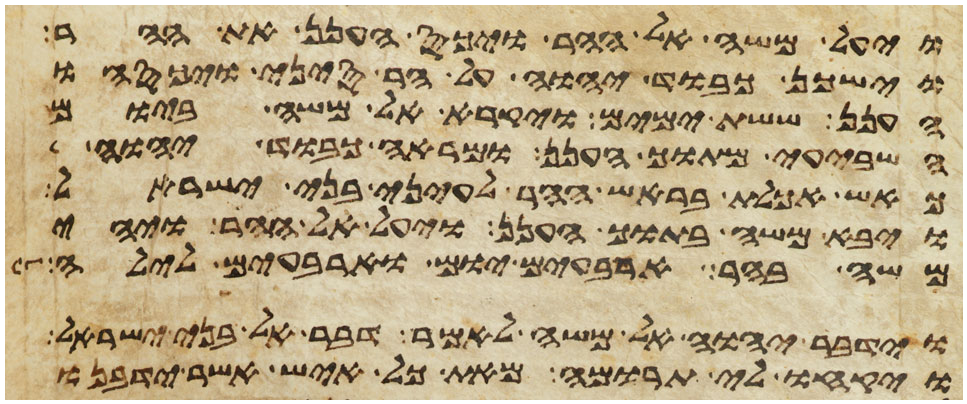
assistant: ויעל משה אל ההר ויכס הענן את ההר
וישכן כבוד יהוה על הר סיני ויכסהו
הענן ששת ימים ויקרא אל משה ביום
השביעי מתוך הענן ומראה כבוד יהוה
כאש אכלת בראש ההר לעיני בני ישראל
ויבא משה בתוך הענן ויעל אל ההר ויהי
משה בהר ארבעים יום וארבעים לילה
וידבר יהוה אל משה לאמר דבר אל בני ישראל
ויקחו לי תרומה מאת כל איש אשר ידבנו